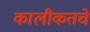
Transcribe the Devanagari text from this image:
कालीकतचे